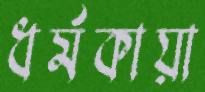
ধর্মকায়া